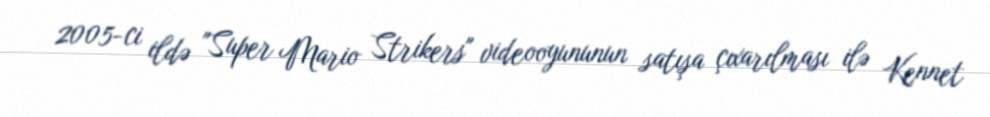
2005-ci ildə "Super Mario Strikers" videooyununun satışa çıxarılması ilə Kennet